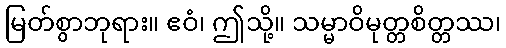
မြတ်စွာဘုရား။ ဧဝံ၊ ဤသို့။ သမ္မာဝိမုတ္တစိတ္တဿ၊